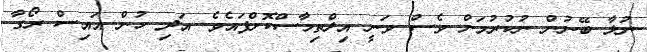
ނުލާ ބޭނުން ނުކުރުމަށް ވެސް ވަނީ އިލްތިމާސްކޮށްފައެވެ. އަދި ހުން އައިސް ރޯގާ